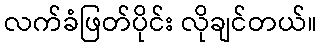
လက်ခံဖြတ်ပိုင်း လိုချင်တယ်။